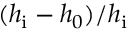
( h _ { \mathrm { i } } - h _ { 0 } ) / h _ { \mathrm { i } }